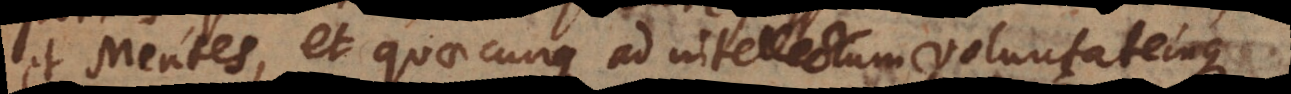
et Mentes, et quaecunque ad intellectum voluntatemque